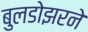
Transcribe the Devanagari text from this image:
बुलडोझरने